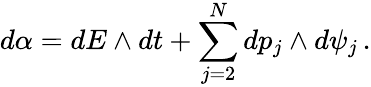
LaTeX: d\alpha=dE\wedge dt+\sum_{j=2}^{N}dp_{j}\wedge d\psi_{j}\, .